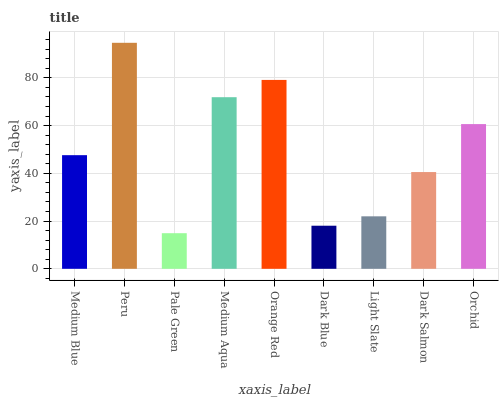
| xaxis_label | bars |
 | --- | --- |
 | Medium Blue | 47.6 |
 | Peru | 94.7 |
 | Pale Green | 14.9 |
 | Medium Aqua | 71.9 |
 | Orange Red | 79.1 |
 | Dark Blue | 18 |
 | Light Slate | 22 |
 | Dark Salmon | 40.5 |
 | Orchid | 60.6 |